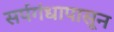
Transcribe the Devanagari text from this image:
सर्पगंधापासून